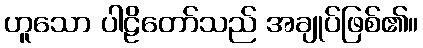
ဟူသော ပါဠိတော်သည် အချုပ်ဖြစ်၏။